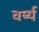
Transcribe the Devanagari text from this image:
वर्ष्य